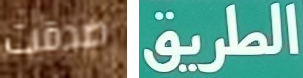
صدقت الطريق